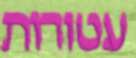
עטורות